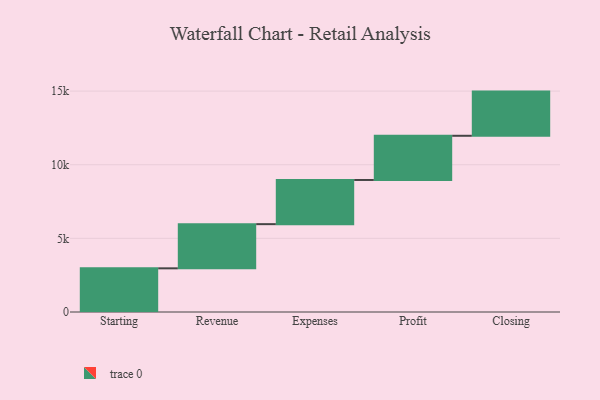
{"axis": {"x": "Step", "y": "Value"}, "legend": [""], "data": [{"x": "Starting", "y": 2965.0, "type": ""}, {"x": "Revenue", "y": 3000, "type": ""}, {"x": "Expenses", "y": 3000, "type": ""}, {"x": "Profit", "y": 3000, "type": ""}, {"x": "Closing", "y": 3000, "type": ""}]}